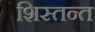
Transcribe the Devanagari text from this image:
शिस्तन्त